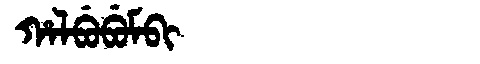
Manchu: ᡥᠠᠯᠪᡠᠪᡠᠮᠪᡳ
Romanization: HALBUBUMBI